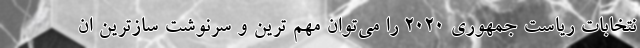
نتخابات ریاست جمهوری 2020 را می‌توان مهم ترین و سرنوشت سازترین ان